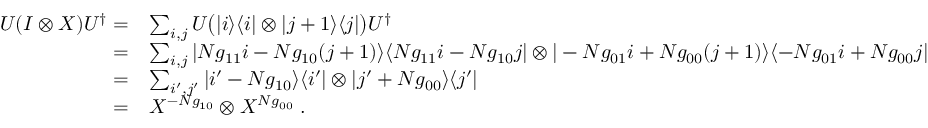
\begin{array} { r l } { U ( I \otimes X ) U ^ { \dag } = } & { \sum _ { i , j } U \big ( | i \rangle \langle i | \otimes | j + 1 \rangle \langle j | \big ) U ^ { \dag } } \\ { = } & { \sum _ { i , j } | N g _ { 1 1 } i - N g _ { 1 0 } ( j + 1 ) \rangle \langle N g _ { 1 1 } i - N g _ { 1 0 } j | \otimes | - N g _ { 0 1 } i + N g _ { 0 0 } ( j + 1 ) \rangle \langle - N g _ { 0 1 } i + N g _ { 0 0 } j | } \\ { = } & { \sum _ { i ^ { \prime } , j ^ { \prime } } | i ^ { \prime } - N g _ { 1 0 } \rangle \langle i ^ { \prime } | \otimes | j ^ { \prime } + N g _ { 0 0 } \rangle \langle j ^ { \prime } | } \\ { = } & { X ^ { - N g _ { 1 0 } } \otimes X ^ { N g _ { 0 0 } } \; . } \end{array}